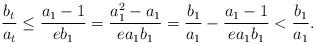
LaTeX: \begin{align*}\frac{b_t}{a_t}\le \frac{a_1-1}{eb_1}=\frac{a_1^2-a_1}{ea_1b_1}=\frac{b_1}{a_1}-\frac{a_1-1}{ea_1b_1}< \frac{b_1}{a_1}.\end{align*}